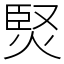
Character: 㷂